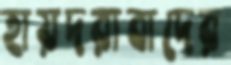
হায়দরাবাদের